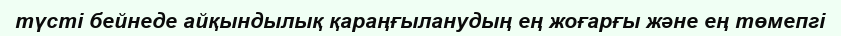
түсті бейнеде айқындылық қараңғыланудың ең жоғарғы және ең төмепгі